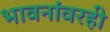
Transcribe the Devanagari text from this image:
भावनांवरही